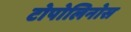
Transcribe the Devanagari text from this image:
टोपोलिनोस